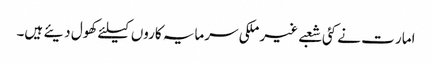
امار ت نے کئی شعبے غیر ملکی سرمایہ کاروں کیلئے کھول دیئے ہیں۔